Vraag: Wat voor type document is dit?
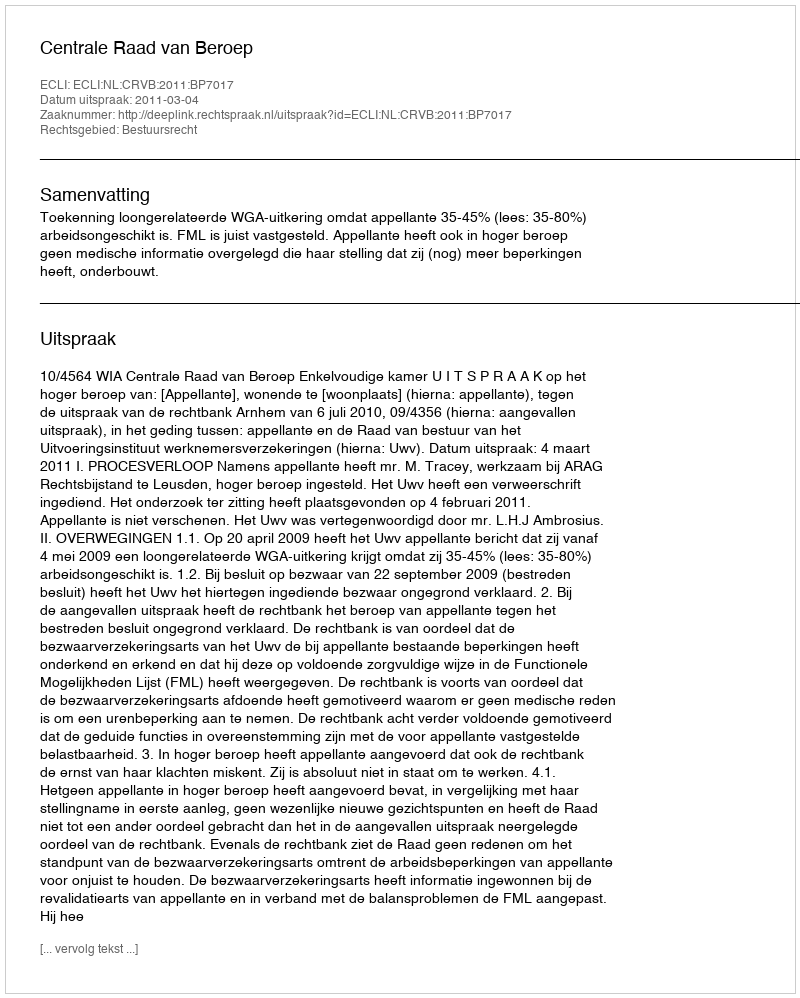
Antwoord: Uitspraak